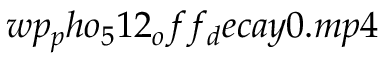
w p _ { p } h o _ { 5 } 1 2 _ { o } f f _ { d } e c a y 0 . m p 4